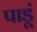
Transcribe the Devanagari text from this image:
पाडूं